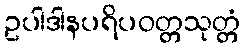
ဥပါဒါနပရိပဝတ္တသုတ္တံ